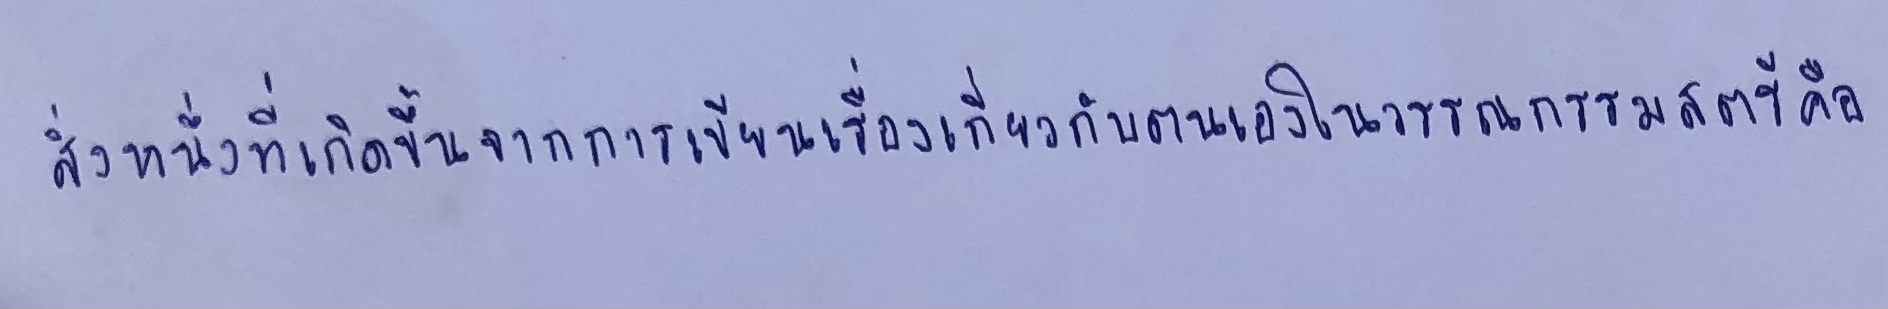
สิ่งหนึ่งที่เกิดขึ้นจากการเขียนเรื่องเกี่ยวกับตนเองในวรรณกรรมสตรีคือ